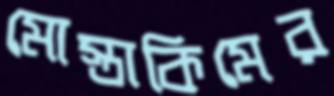
মোস্তাকিমের